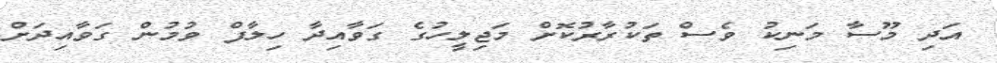
އަދި މޫސާ މަނިކު ވެސް ތަކުރާރުކޮށް މަޖިލީހުގެ ގަވާއިދާ ހިލާފް ވުމުން ގަވާއިދަށް